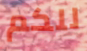
للكم